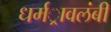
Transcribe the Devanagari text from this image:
धर्मर्ावलंबी